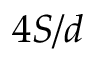
4 S / d